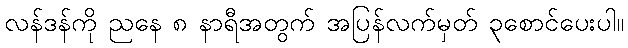
လန်ဒန်ကို ညနေ ၈ နာရီအတွက် အပြန်လက်မှတ် ၃စောင်ပေးပါ။